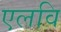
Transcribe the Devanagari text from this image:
एलवि